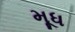
મૂધ